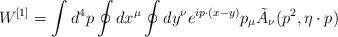
LaTeX: \begin{align*}W^{[1]}=\int d^4p\oint d x^\mu\oint dy^\nu e^{ip\cdot(x-y)} p_\mu \tilde A_\nu(p^2,\eta\cdot p)\end{align*}